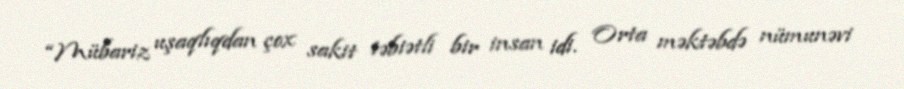
“Mübariz uşaqlıqdan çox sakit təbiətli bir insan idi. Orta məktəbdə nümunəvi